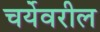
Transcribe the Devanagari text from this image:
चर्येवरील